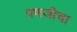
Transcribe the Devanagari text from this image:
पणजीचा